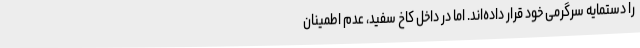
را دستمایه سرگرمی خود قرار داده‌اند. اما در داخل کاخ سفید، عدم اطمینان